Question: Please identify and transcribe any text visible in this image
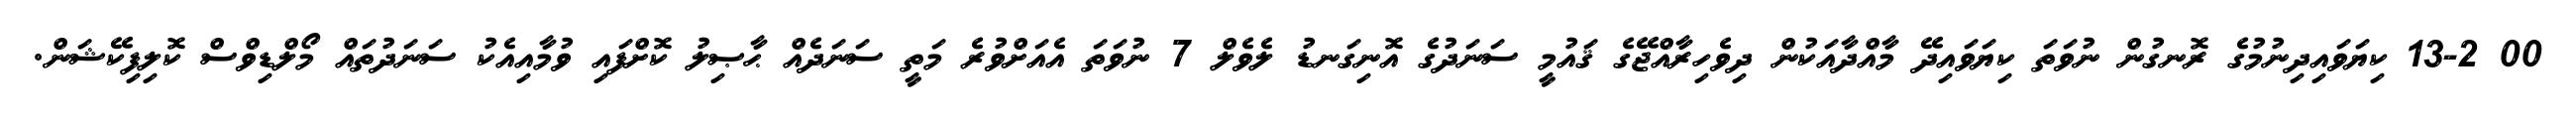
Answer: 00 13-2 ކިޔަވައިދިނުމުގެ ރޮނގުން ނުވަތަ ކިޔަވައިދޭ މާއްދާއަކުން ދިވެހިރާއްޖޭގެ ޤައުމީ ސަނަދުގެ އޮނިގަނޑު ލެވެލް 7 ނުވަތަ އެއަށްވުރެ މަތީ ސަނަދެއް ޙާޞިލު ކޮށްފައި ވުމާއިއެކު ސަނަދުތައް މޯލްޑިވްސް ކޮލިފިކޭޝަން.